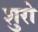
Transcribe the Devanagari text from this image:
शुरो